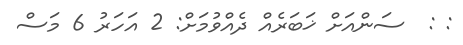
: :  ސަންއަށް ޚަބަރެއް ދެއްވުމަށް: 2 އަހަރު 6 މަސް